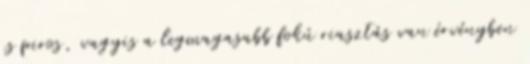
is piros, vagyis a legmagasabb fokú riasztás van érvényben